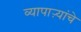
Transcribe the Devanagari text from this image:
व्यापाऱ्यांचे